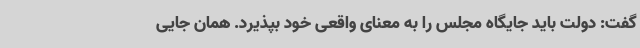
گفت: دولت باید جایگاه مجلس را به معنای واقعی خود بپذیرد. همان جایی